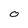
Character: O